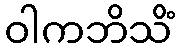
ဝါကဘိသိံ